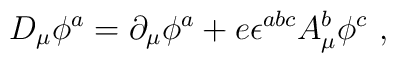
D_\mu \phi^a = \partial_\mu \phi^a + e \epsilon^{abc} A_\mu^b \phi^c\ ,